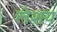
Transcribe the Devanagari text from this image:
लेशय